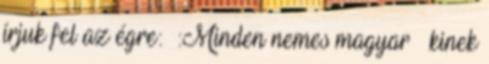
írjuk fel az égre: :Minden nemes magyar – kinek